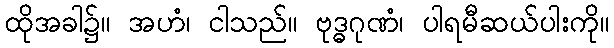
ထိုအခါ၌။ အဟံ၊ ငါသည်။ ဗုဒ္ဓဂုဏံ၊ ပါရမီဆယ်ပါးကို။